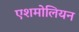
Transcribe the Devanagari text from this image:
एशमोलियन